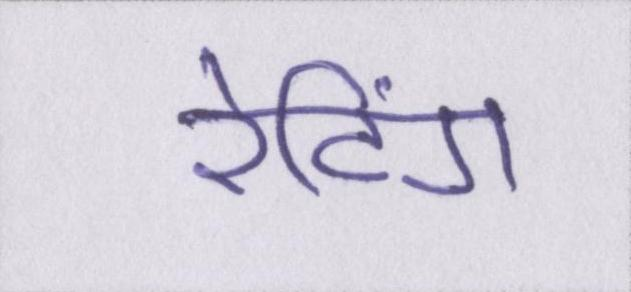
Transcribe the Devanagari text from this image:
रेटिंग